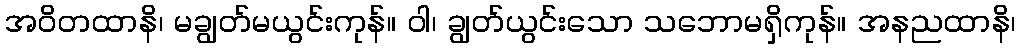
အဝိတထာနိ၊ မချွတ်မယွင်းကုန်။ ဝါ၊ ချွတ်ယွင်းသော သဘောမရှိကုန်။ အနညထာနိ၊